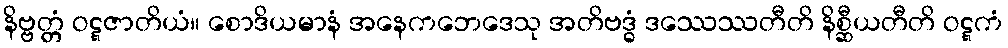
နိဗ္ဗတ္တံ ဝဋ္ဋဇာတိယံ။ စောဒိယမာနံ အနေကဘေဒေသု အတိဗဒ္ဓံ ဒဿေဿတီတိ နိစ္ဆီယတီတိ ဝဋ္ဋကံ